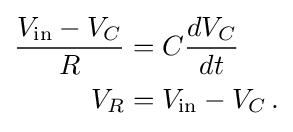
{\begin{aligned}{\frac {V_{\mathrm {in} }-V_{C}}{R}}&=C{\frac {dV_{C}}{dt}}\\V_{R}&=V_{\mathrm {in} }-V_{C}\,.\end{aligned}}